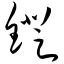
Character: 镫